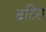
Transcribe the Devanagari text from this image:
ब्रटिस